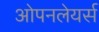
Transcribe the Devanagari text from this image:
ओपनलेयर्स